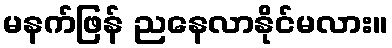
မနက်ဖြန် ညနေလာနိုင်မလား။